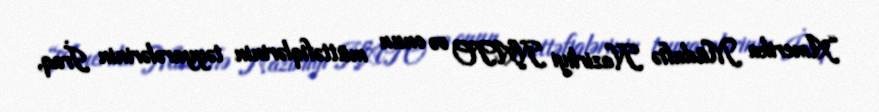
“Amerika Müdafiə Nazirliyi NATO və onun müttəfiqlərinin təyyarələrinin İraq,